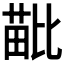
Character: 𣬍